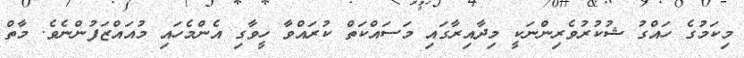
މިކަމުގެ ހައްގު ޝުކުރުވެރިންނަކީ މިދާއިރާގައި މަސައްކަތް ކުރައްވާ ހީވާގި އެންމެހައި މުއައްޒަފުންނެވެ. މާތް